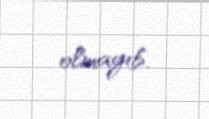
olmayıb.